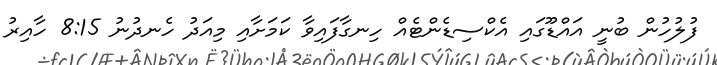
ފުލުހުން ބުނީ އައްޑޫގައި އެކްސިޑެންޓެއް ހިނގާފައިވާ ކަމަށާއި މިއަދު ހެނދުނު 8:15 ހާއިރު